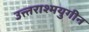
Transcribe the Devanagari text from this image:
उत्त्तराश्मयुगीन